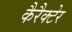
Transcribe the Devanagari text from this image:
कैरैक्टेर